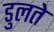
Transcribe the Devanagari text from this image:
डुलते